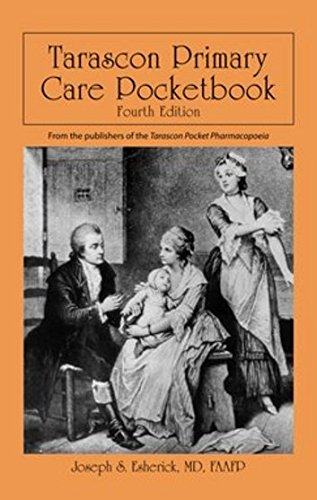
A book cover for Tarascon Primary Care Pocketbook; Joseph S. Esherick; Medical Books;